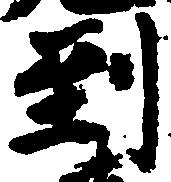
到